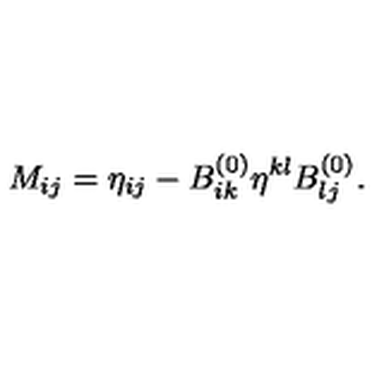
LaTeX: M _ { i j } = \eta _ { i j } - B _ { i k } ^ { ( 0 ) } \eta ^ { k l } B _ { l j } ^ { ( 0 ) } .